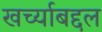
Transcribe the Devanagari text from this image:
खर्च्याबद्दल